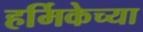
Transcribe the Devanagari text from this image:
हर्मिकेच्या